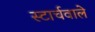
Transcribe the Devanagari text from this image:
स्टार्चवाले